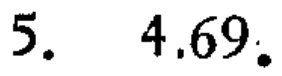
5. 4.69.